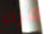
مرت